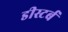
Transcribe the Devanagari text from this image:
डीस्टर्ब